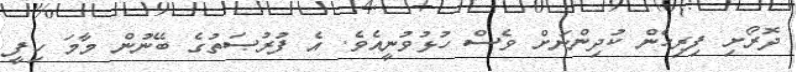
ދޮރޯށި ފިރިހެން ކުދިންނަށް ވެސް ހުޅުވުނީއެވެ. އެ ފުރުޞަތުގެ ބޭނުން މާމަ ހިފީ